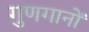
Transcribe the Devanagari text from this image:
गुणगानों